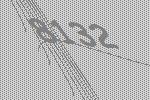
8132